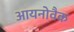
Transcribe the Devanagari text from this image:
आयनोवैक